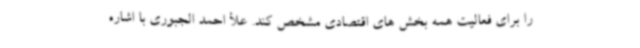
را برای فعالیت همه بخش های اقتصادی مشخص کند. علأ احمد الجبوری با اشاره